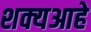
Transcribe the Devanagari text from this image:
शक्यआहे